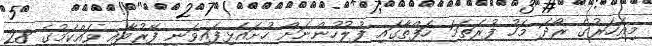
މިއަހަރުގެ ރޯދަ މަހު ފުރަތަމަ ހަފްތާގައި ފުލުހުންނަށް ހުށައެޅިފައިވަނީ ފޭރުމާއި ވައްކަމުގެ 28